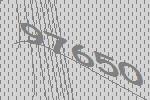
97650